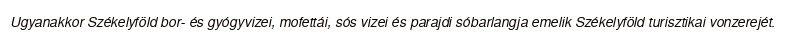
Ugyanakkor Székelyföld bor- és gyógyvizei, mofettái, sós vizei és parajdi sóbarlangja emelik Székelyföld turisztikai vonzerejét.